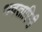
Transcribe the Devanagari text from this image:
भवतारिनी